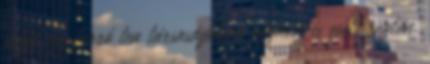
majd egy forró tea társaságában ágynak is esett rögtön.